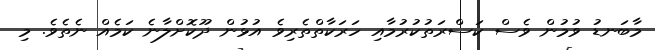
މާބަނޑު ވުމުން ވެސް ކަސްރަތުކުރުމާއި ހަރަކާތްތެރިވެ އުޅުން ދޫކޮށްލާނެ ކަމެއް ނެތެވެ. މި